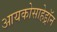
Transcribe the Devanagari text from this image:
आयकोसाहेड्रॉन